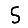
Digit: 5